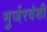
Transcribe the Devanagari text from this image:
मुर्जरवंशी